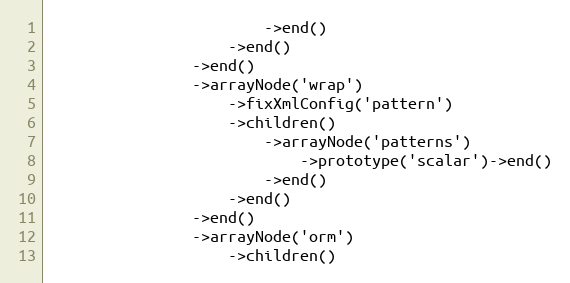
Language: PHP
                        ->end()
                    ->end()
                ->end()
                ->arrayNode('wrap')
                    ->fixXmlConfig('pattern')
                    ->children()
                        ->arrayNode('patterns')
                            ->prototype('scalar')->end()
                        ->end()
                    ->end()
                ->end()
                ->arrayNode('orm')
                    ->children()